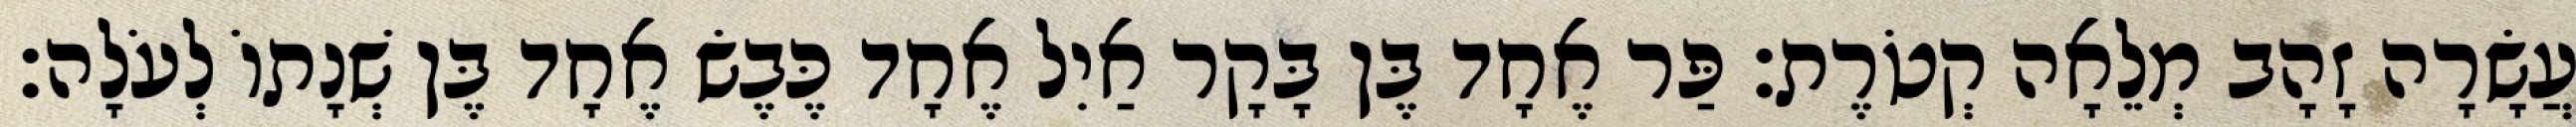
עֲשָׂרָה זָהָב מְלֵאָה קְטֹרֶת׃ פַּר אֶחָד בֶּן בָּקָר אַיִל אֶחָד כֶּבֶשׂ אֶחָד בֶּן שְׁנָתוֹ לְעֹלָה׃